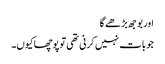
اور بوجھ بڑھے گا
جو بات نہیں کرنی تھی توپوچھاکیوں۔